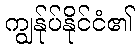
ကျွန်ုပ်နိုင်ငံ၏